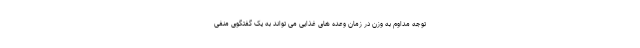
توجه مداوم به وزن در زمان وعده های غذایی می تواند به یک گفتگوی منفی